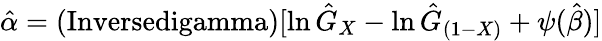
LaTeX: {\hat{\alpha}}=(\operatorname{Inversedigamma})[\ln{\hat{G}}_{X}-\ln{\hat{G}}_{(1-X)}+\psi({\hat{\beta}})]